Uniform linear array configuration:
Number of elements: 64
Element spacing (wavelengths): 0.25
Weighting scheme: binomial
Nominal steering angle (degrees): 0
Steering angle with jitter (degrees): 0.3943
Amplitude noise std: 0.05
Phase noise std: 0.05

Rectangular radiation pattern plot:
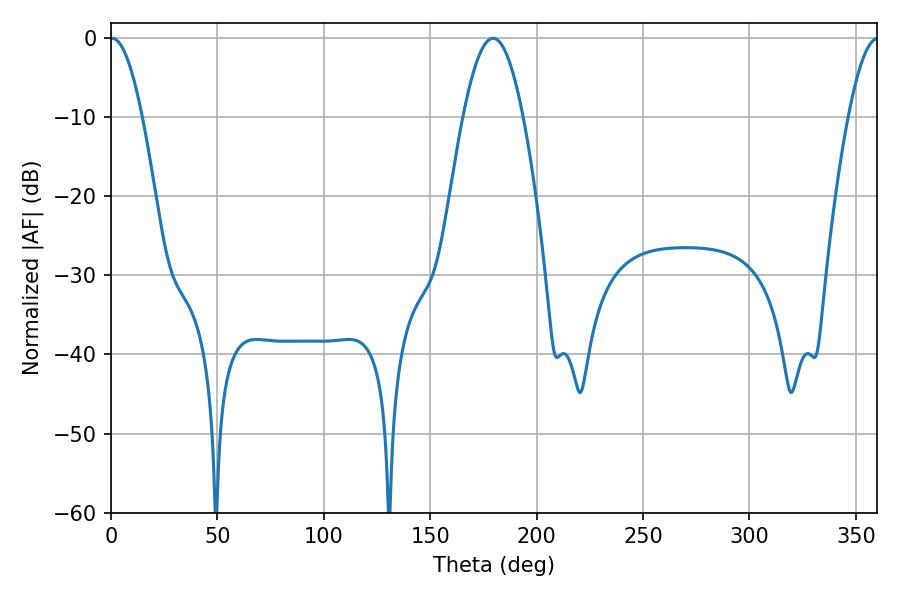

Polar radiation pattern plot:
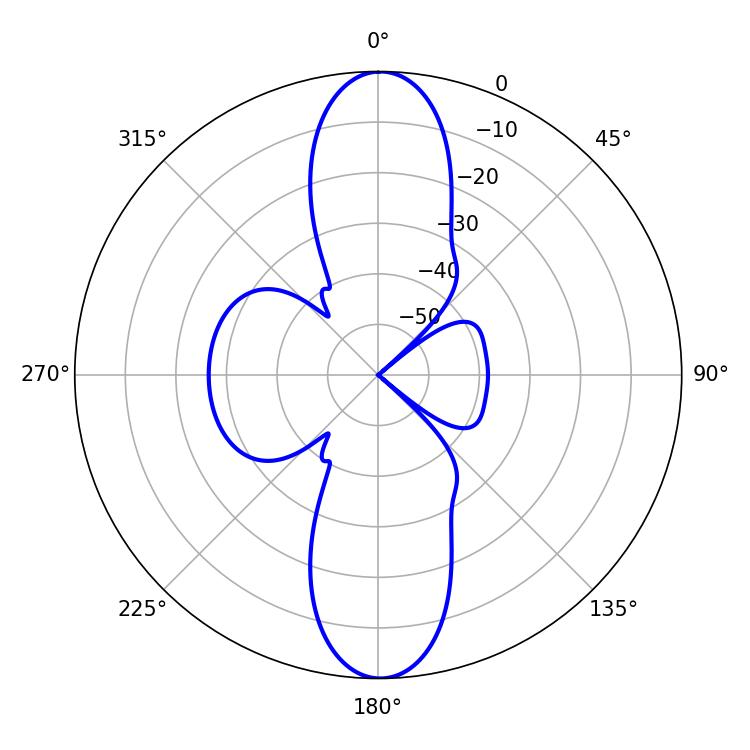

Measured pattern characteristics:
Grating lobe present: FALSE
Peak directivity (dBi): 27.799
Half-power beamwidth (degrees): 8.1
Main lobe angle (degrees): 0.54